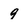
Character: 9